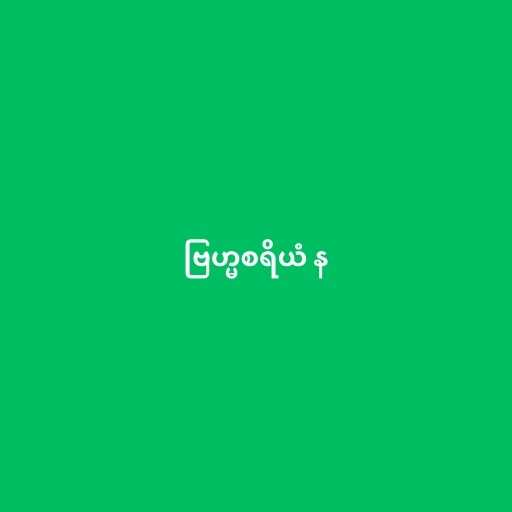
ဗြဟ္မစရိယံ န